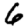
Digit: 6